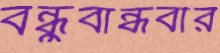
বন্ধুবান্ধবীর